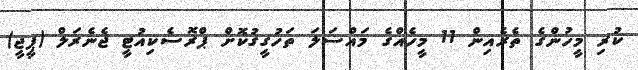
ކުރި މީހުންގެ ތެރެއިން 11 މީހެއްގެ މައްސަލަ ތަހުގީގުކޮށް ޕްރޮސެކިއުޓީ ޖެނެރަލް (ޕީޖީ)